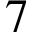
7